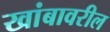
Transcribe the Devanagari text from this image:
खांबावरील